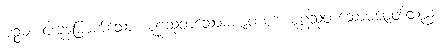
ပဉ္စမံ၊ ငါးခုမြောက်သော။ စူဠသုတသောမဇာတကံ၊ စူဠသုတသောမဇာတ်သည်။